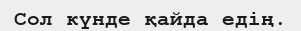
Сол күнде қайда едiң.